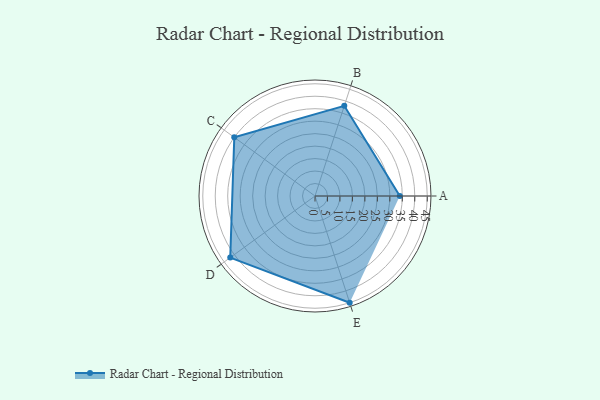
{"axis": {"x": "Skill", "y": "Score"}, "legend": ["Profile"], "data": [{"x": "A", "y": 34.0, "type": "Profile"}, {"x": "B", "y": 38.0, "type": "Profile"}, {"x": "C", "y": 40.0, "type": "Profile"}, {"x": "D", "y": 42.0, "type": "Profile"}, {"x": "E", "y": 45.0, "type": "Profile"}]}